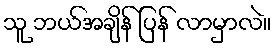
သူ ဘယ်အချိန် ပြန် လာမှာလဲ။